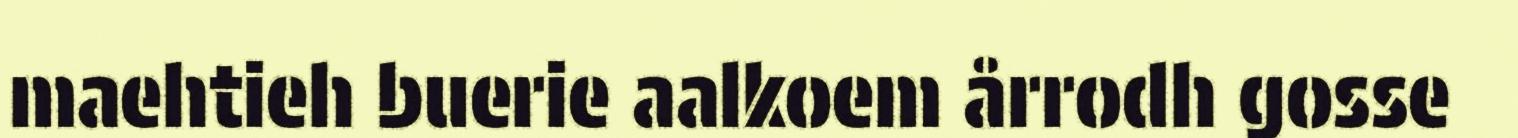
maehtieh buerie aalkoem årrodh gosse